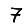
Digit: 7